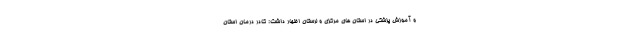
و آموزش پزشکی در استان های مرکزی و لرستان اظهار داشت: کادر درمان استان